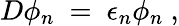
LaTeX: D\phi_{n}\ =\ \epsilon_{n}\phi_{n}\ ,